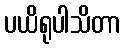
ပယိရုပါသိတာ